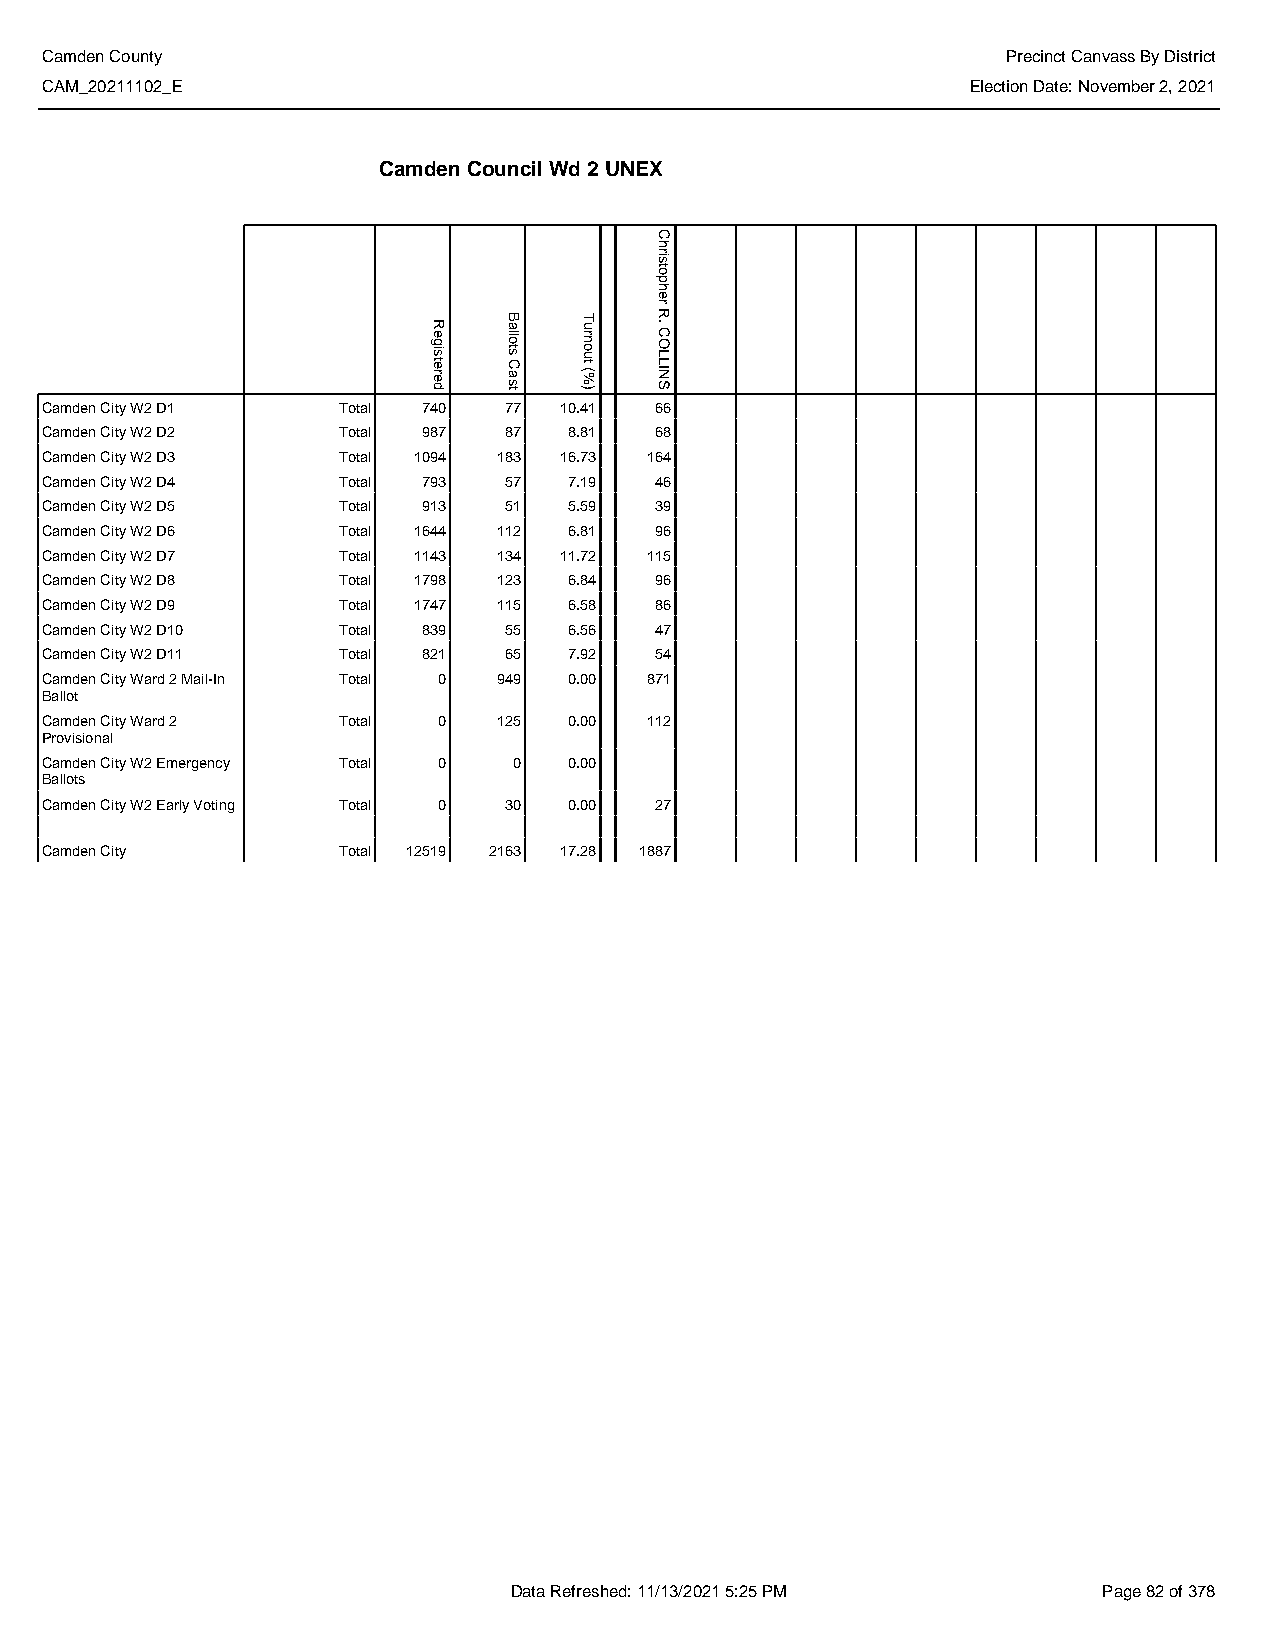
Camden County                                                   Precinct Canvass By District
 CAM_20211102_E                                               Election Date: November 2, 2021
 Camden Council Wd 2 UNEX
 Camden City W2 D1  Total 740  77  10.41 66
 Camden City W2 D2  Total 987  87   8.81 68
 Camden City W2 D3  Total 1094 183 16.73 164
 Camden City W2 D4  Total 793  57   7.19 46
 Camden City W2 D5  Total 913  51   5.59 39
 Camden City W2 D6  Total 1644 112  6.81 96
 Camden City W2 D7  Total 1143 134 11.72 115
 Camden City W2 D8  Total 1798 123  6.84 96
 Camden City W2 D9  Total 1747 115  6.58 86
 Camden City W2 D10 Total 839  55   6.56 47
 Camden City W2 D11 Total 821  65   7.92 54
 Camden City Ward 2 Mail-In Total 0 949 0.00 871
 Ballot
 Camden City Ward 2 Total  0   125  0.00 112
 Provisional
 Camden City W2 Emergency Total 0 0 0.00
 Ballots
 Camden City W2 Early Voting Total 0 30 0.00 27
 Camden City        Total 12519 2163 17.28 1887
 Data Refreshed: 11/13/2021 5:25 PM     Page 82 of 378
 Registered
 Ballots
 Cast
 Turnout
 (%)
 Christopher
 R.
 COLLINS